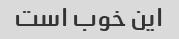
این خوب است